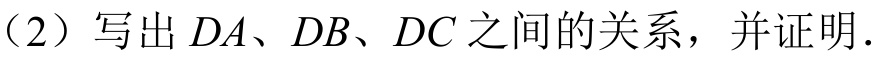
（2）写出$DA、DB、DC$之间的关系，并证明.